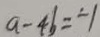
a - 4 b = - 1